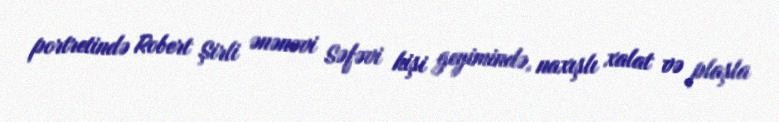
portretində Robert Şirli ənənəvi Səfəvi kişi geyimində, naxışlı xalat və plaşla